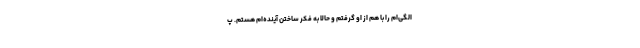
الگی‌ام را با هم از او گرفتم و حالا به فکر ساختن آینده‌ام هستم. پ